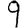
Digit: 9